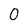
Character: 0